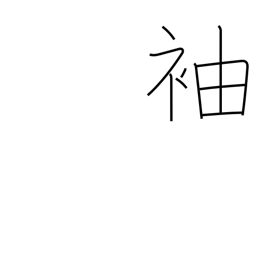
Meaning: wing (building)